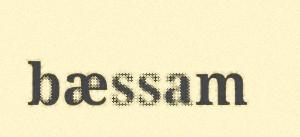
bæssam